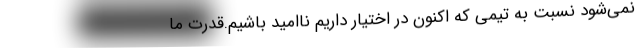
نمی‌شود نسبت به تیمی که اکنون در اختیار داریم ناامید باشیم.قدرت ما